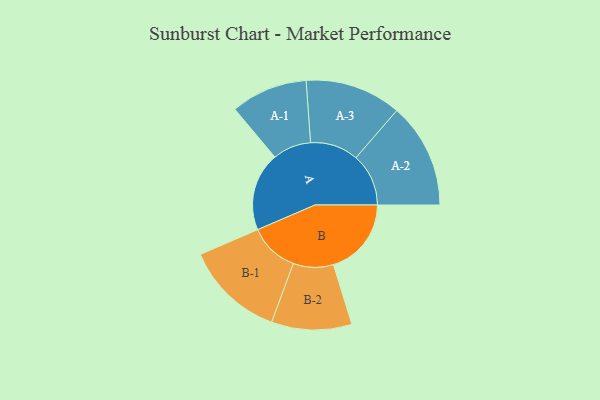
{"axis": {"x": "Segment", "y": "Value"}, "legend": ["", "A", "B"], "data": [{"x": "A", "y": 403, "type": ""}, {"x": "B", "y": 400, "type": ""}, {"x": "A-1", "y": 197, "type": "A"}, {"x": "A-2", "y": 270, "type": "A"}, {"x": "A-3", "y": 247, "type": "A"}, {"x": "B-1", "y": 255, "type": "B"}, {"x": "B-2", "y": 206, "type": "B"}]}